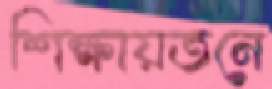
শিক্ষায়তনে